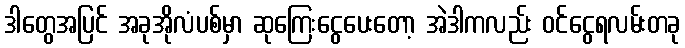
ဒါတွေအပြင် အခုအိုလံပစ်မှာ ဆုကြေးငွေပေးတော့ အဲဒါကလည်း ဝင်ငွေရလမ်းတခု